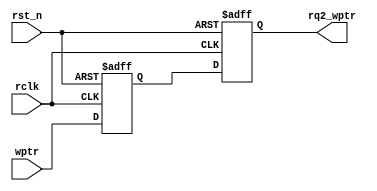
module sync_w2r #(parameter ASIZE = 4)(
	//Input Port
	wptr,
	rclk,
	rst_n,

    //Output Port
	rq2_wptr
); 


input rclk, rst_n;
input [ASIZE:0] wptr;

output reg [ASIZE:0] rq2_wptr;

reg [ASIZE:0] rq1_wptr;

always @(posedge rclk or negedge rst_n)begin
	if(!rst_n)
		{rq2_wptr,rq1_wptr} <= 0;
	else 
		{rq2_wptr,rq1_wptr} <= {rq1_wptr,wptr};
end


endmodule